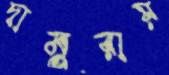
দামুরায়